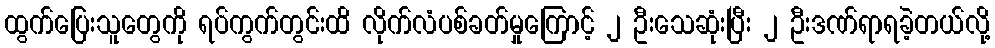
ထွက်ပြေးသူတွေကို ရပ်ကွက်တွင်းထိ လိုက်လံပစ်ခတ်မှုကြောင့် ၂ ဦးသေဆုံးပြီး ၂ ဦးဒဏ်ရာရခဲ့တယ်လို့